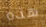
هذه